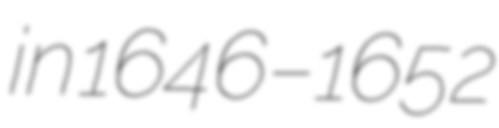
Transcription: in 1646–1652